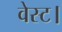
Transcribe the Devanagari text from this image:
वेस्ट।